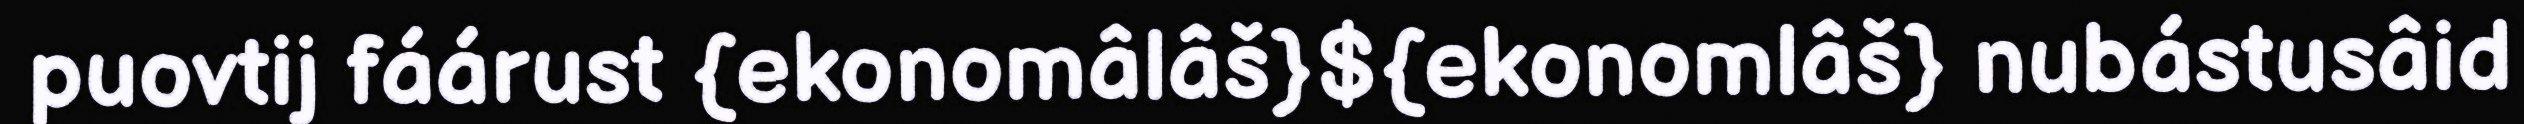
puovtij fáárust {ekonomâlâš}${ekonomlâš} nubástusâid